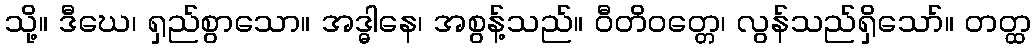
သို့။ ဒီဃေ၊ ရှည်စွာသော။ အဒ္ဓါနေ၊ အစွန့်သည်။ ဝီတိဝတ္တေ၊ လွန်သည်ရှိသော်။ တတ္ထ